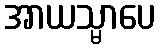
အာယသ္မာပေ